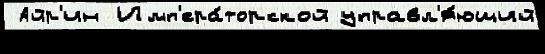
 Айр'ин Имп'ера́торской управл'я́ющий